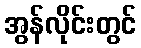
အွန်လိုင်းတွင်